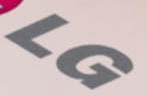
LG